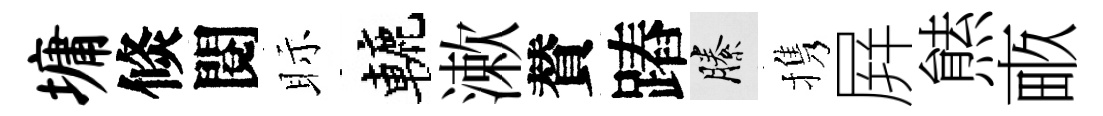
墉倐閱眎轆漱賛蹖縢携屛㷱畞